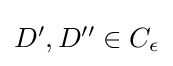
\textstyle D',D''\in C_{\epsilon }